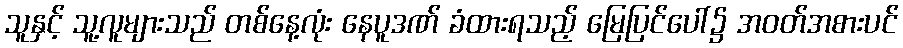
သူနှင့် သူ့လူများသည် တစ်နေ့လုံး နေပူဒဏ် ခံထားရသည့် မြေပြင်ပေါ်၌ အဝတ်အစားပင်